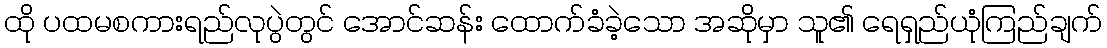
ထို ပထမစကားရည်လုပွဲတွင် အောင်ဆန်း ထောက်ခံခဲ့သော အဆိုမှာ သူ၏ ရေရှည်ယုံကြည်ချက်